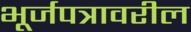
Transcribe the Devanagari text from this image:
भूर्जपत्रावरील